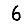
Digit: 6